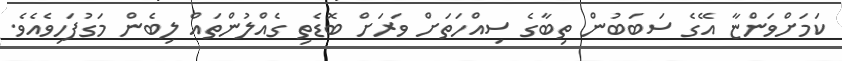
ކަމަށްވަންޏާ އޭގެ ސަބަބުން ތިބާގެ ސިއްހަތަށް ވަރަށް ބޮޑެތި ގެއްލުންތައް ލިބެން މަގުފަހިވެއެވެ.